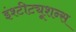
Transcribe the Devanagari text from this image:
इंश्टीट्यूशन्स